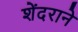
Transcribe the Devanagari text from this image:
शेंदराने